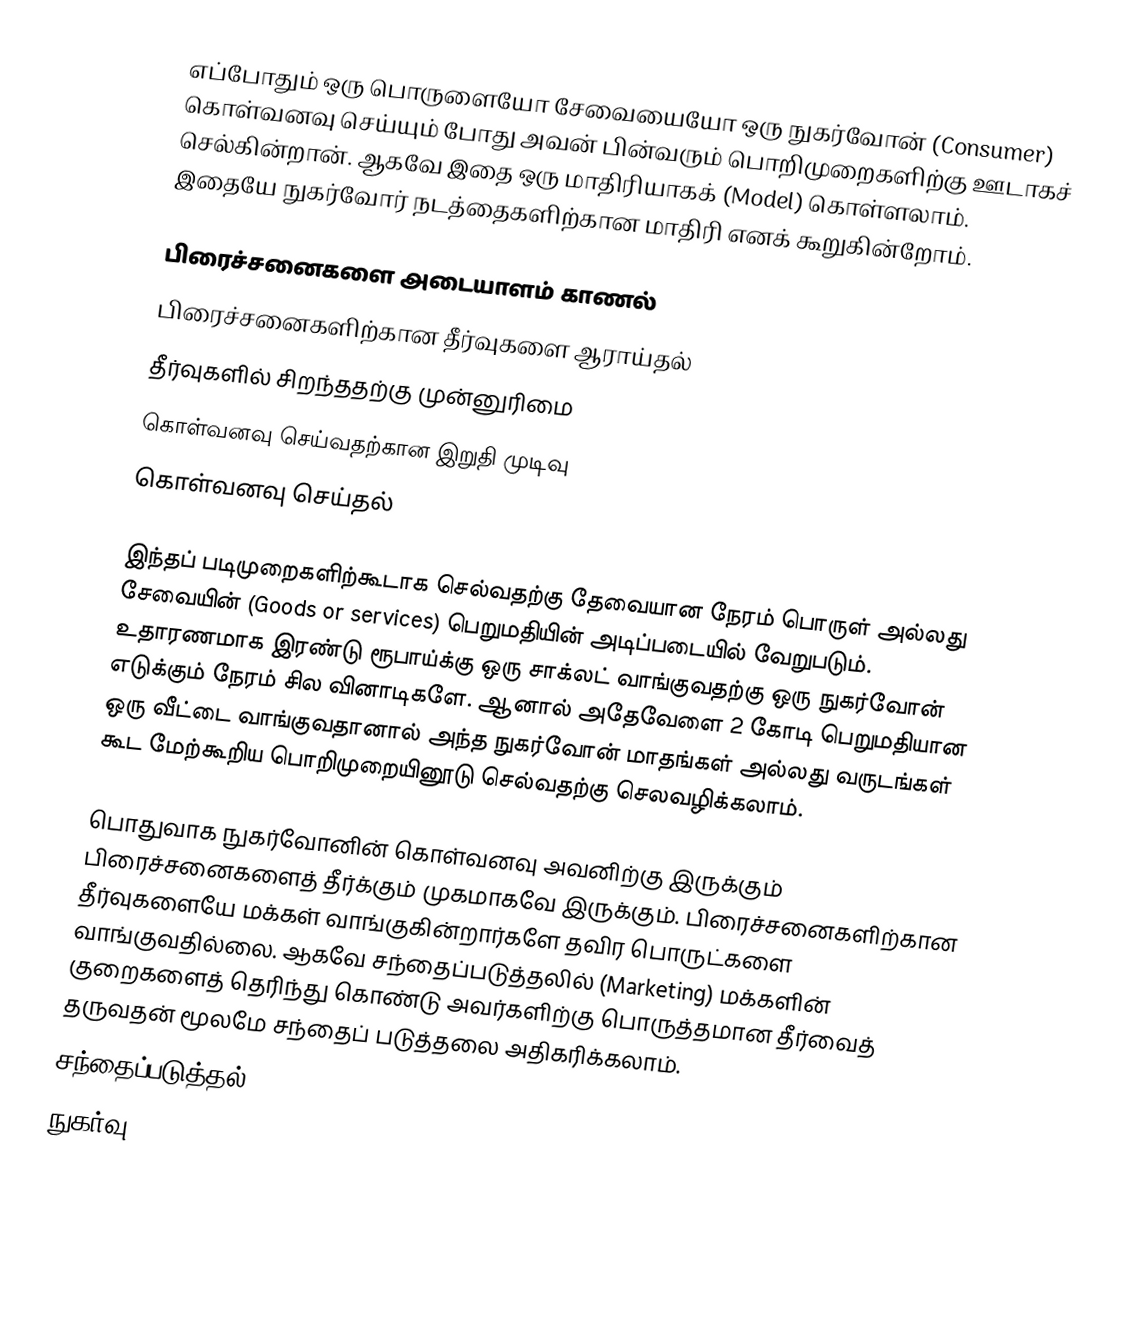
எப்போதும் ஒரு பொருளையோ சேவையையோ ஒரு நுகர்வோன் (Consumer) கொள்வனவு செய்யும் போது அவன் பின்வரும் பொறிமுறைகளிற்கு ஊடாகச் செல்கின்றான். ஆகவே இதை ஒரு மாதிரியாகக் (Model) கொள்ளலாம். இதையே நுகர்வோர் நடத்தைகளிற்கான மாதிரி எனக் கூறுகின்றோம்.

பிரைச்சனைகளை அடையாளம் காணல்
பிரைச்சனைகளிற்கான தீர்வுகளை ஆராய்தல்
தீர்வுகளில் சிறந்ததற்கு முன்னுரிமை
கொள்வனவு செய்வதற்கான இறுதி முடிவு
கொள்வனவு செய்தல்

இந்தப் படிமுறைகளிற்கூடாக செல்வதற்கு தேவையான நேரம் பொருள் அல்லது சேவையின் (Goods or services) பெறுமதியின் அடிப்படையில் வேறுபடும். உதாரணமாக இரண்டு ரூபாய்க்கு ஒரு சாக்லட் வாங்குவதற்கு ஒரு நுகர்வோன் எடுக்கும் நேரம் சில வினாடிகளே. ஆனால் அதேவேளை 2 கோடி பெறுமதியான ஒரு வீட்டை வாங்குவதானால் அந்த நுகர்வோன் மாதங்கள் அல்லது வருடங்கள் கூட மேற்கூறிய பொறிமுறையினூடு செல்வதற்கு செலவழிக்கலாம்.

பொதுவாக நுகர்வோனின் கொள்வனவு அவனிற்கு இருக்கும் பிரைச்சனைகளைத் தீர்க்கும் முகமாகவே இருக்கும். பிரைச்சனைகளிற்கான தீர்வுகளையே மக்கள் வாங்குகின்றார்களே தவிர பொருட்களை வாங்குவதில்லை. ஆகவே சந்தைப்படுத்தலில் (Marketing) மக்களின் குறைகளைத் தெரிந்து கொண்டு அவர்களிற்கு பொருத்தமான தீர்வைத் தருவதன் மூலமே சந்தைப் படுத்தலை அதிகரிக்கலாம்.
சந்தைப்படுத்தல்
நுகர்வு